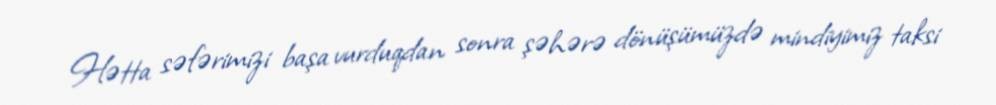
Hətta səfərimizi başa vurduqdan sonra şəhərə dönüşümüzdə mindiyimiz taksi